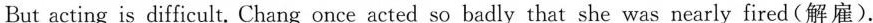
But acting is difficult. Chang once acted so badly that she was nearly fired(解雇).